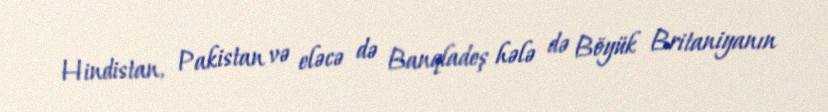
Hindistan, Pakistan və eləcə də Banqladeş hələ də Böyük Britaniyanın